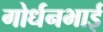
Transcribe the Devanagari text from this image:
गोर्धनभाई